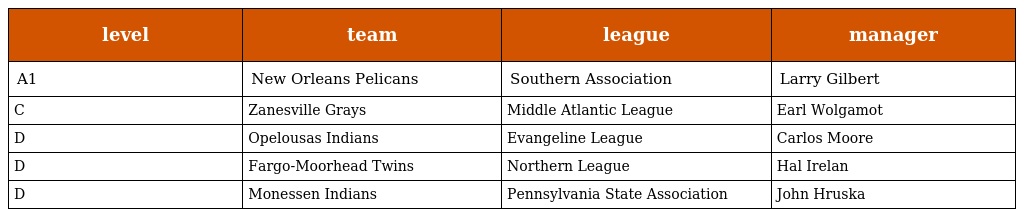
| level | team | league | manager |
 | --- | --- | --- | --- |
 | A1 | New Orleans Pelicans | Southern Association | Larry Gilbert |
 | C | Zanesville Grays | Middle Atlantic League | Earl Wolgamot |
 | D | Opelousas Indians | Evangeline League | Carlos Moore |
 | D | Fargo-Moorhead Twins | Northern League | Hal Irelan |
 | D | Monessen Indians | Pennsylvania State Association | John Hruska |